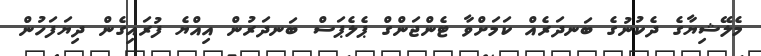
މެލޭޝިޔާގެ ދެކުނުގެ ބަނދަރެއް ކަމަށްވާ ޓެންޖަންގް ޕެލެޕަސް ބަނދަރުން އިއްޔެ ފުރައިގެން ދިޔަފަހުން